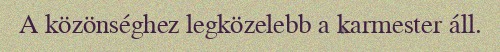
A közönséghez legközelebb a karmester áll.